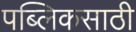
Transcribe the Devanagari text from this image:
पब्लिकसाठी